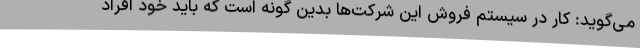
می‌گوید: کار در سیستم فروش این شرکت‌ها بدین گونه است که باید خود افراد